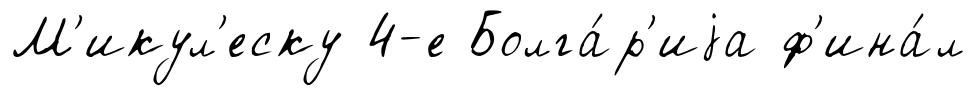
М'икул'еску 4-е Болга́р'иjа ф'ина́л